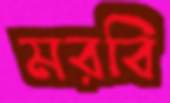
মরবি